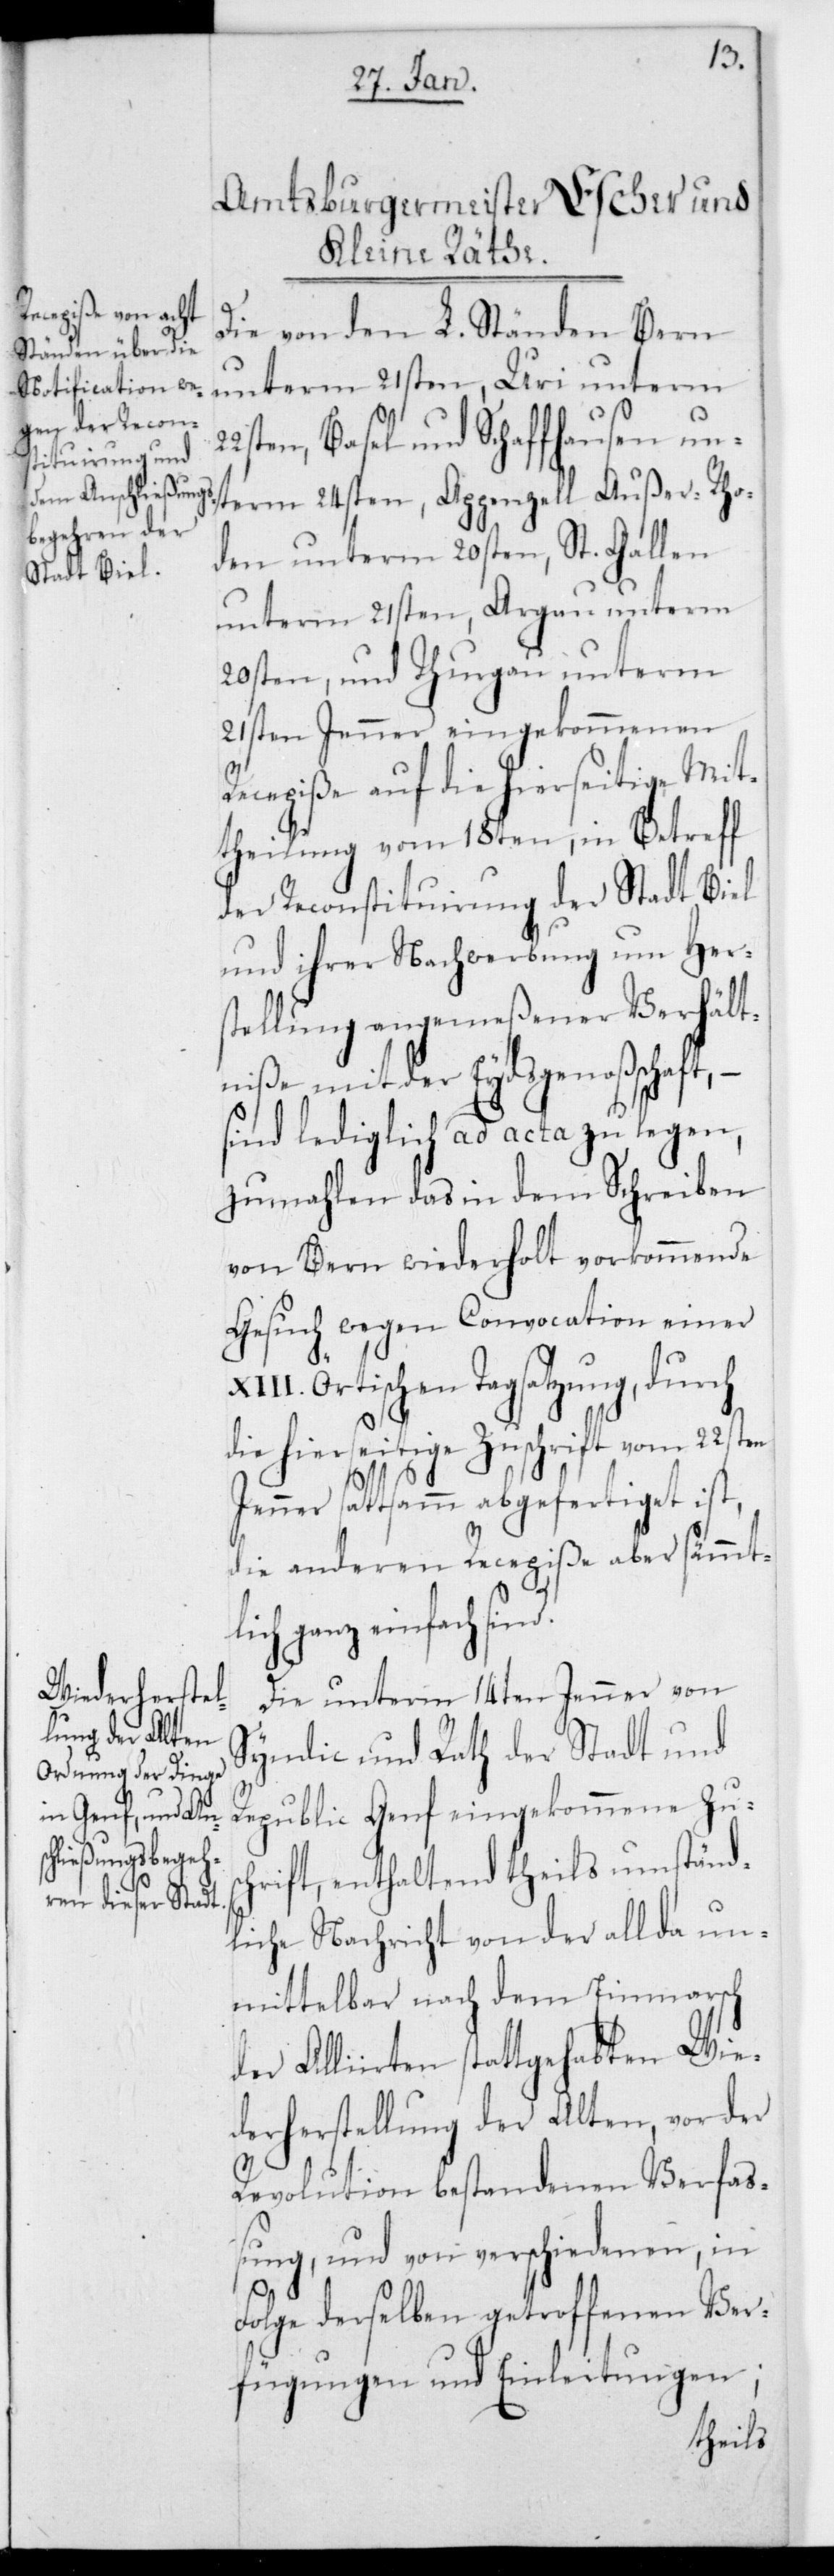
Die von den L. Ständen Bern
unterm 21sten, Uri unterm
Basel und Schaffhausen un¬
term 24sten, Appenzell Außer-Rho¬
den unterm 20sten, St. Gallen
unterm 21sten, Argau unterm
20sten und Thurgau unterm
21sten Jenner eingekommenen
Recepiße auf die hierseitige Mit¬
theilung vom 18ten, in Betreff
der Reconstituierung der Stadt Biel
und ihrer Nachwerbung um Hers¬
tellung angemeßener Verhält¬
niße mit der Eydsgenoßenschaft,
sind lediglich ad acta zu legen,
zumahlen das in dem Schreiben
von Bern wiederholt vorkommende
Gesuch wegen Convocation einer
Örtischen Tagsatzung, durch
die hierseitige Zuschrift vom 22sten
Jenner sattsam abgefertiget ist,
die anderen Recepiße aber sämmtl¬
ich ganz einfach sin¬
Die unterm 14ten Jenner von
Syndic und Rath der Stadt und
d.
Republic Genf eingekommene Zusc¬
hrift, enthaltend theils umständ¬
liche Nachricht von der allda un¬
mittelbar nach dem Einmarsch
der Alliierten stattgehabten Wie¬
derherstellung der Alten, vor der
Revolution bestandenen Verfaß¬
ung, und von verschiedenen, in
Folge derselben getroffenen Ver¬
fügungen und Einleitungen;